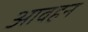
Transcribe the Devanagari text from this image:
आवहन